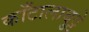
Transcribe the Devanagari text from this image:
काँटालाबुट्टे